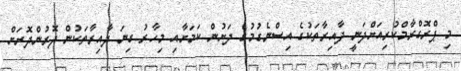
މި ޕްރޮގްރާމްކުރިއަށްދަނީ ދާއިރާތަކުގެ އިސްނެގުމުގެ ދަށުން ކަމަށާއި މިހާރު ގިނަ ދާއިރާތަކުން ދޮރުންދޮރަށް